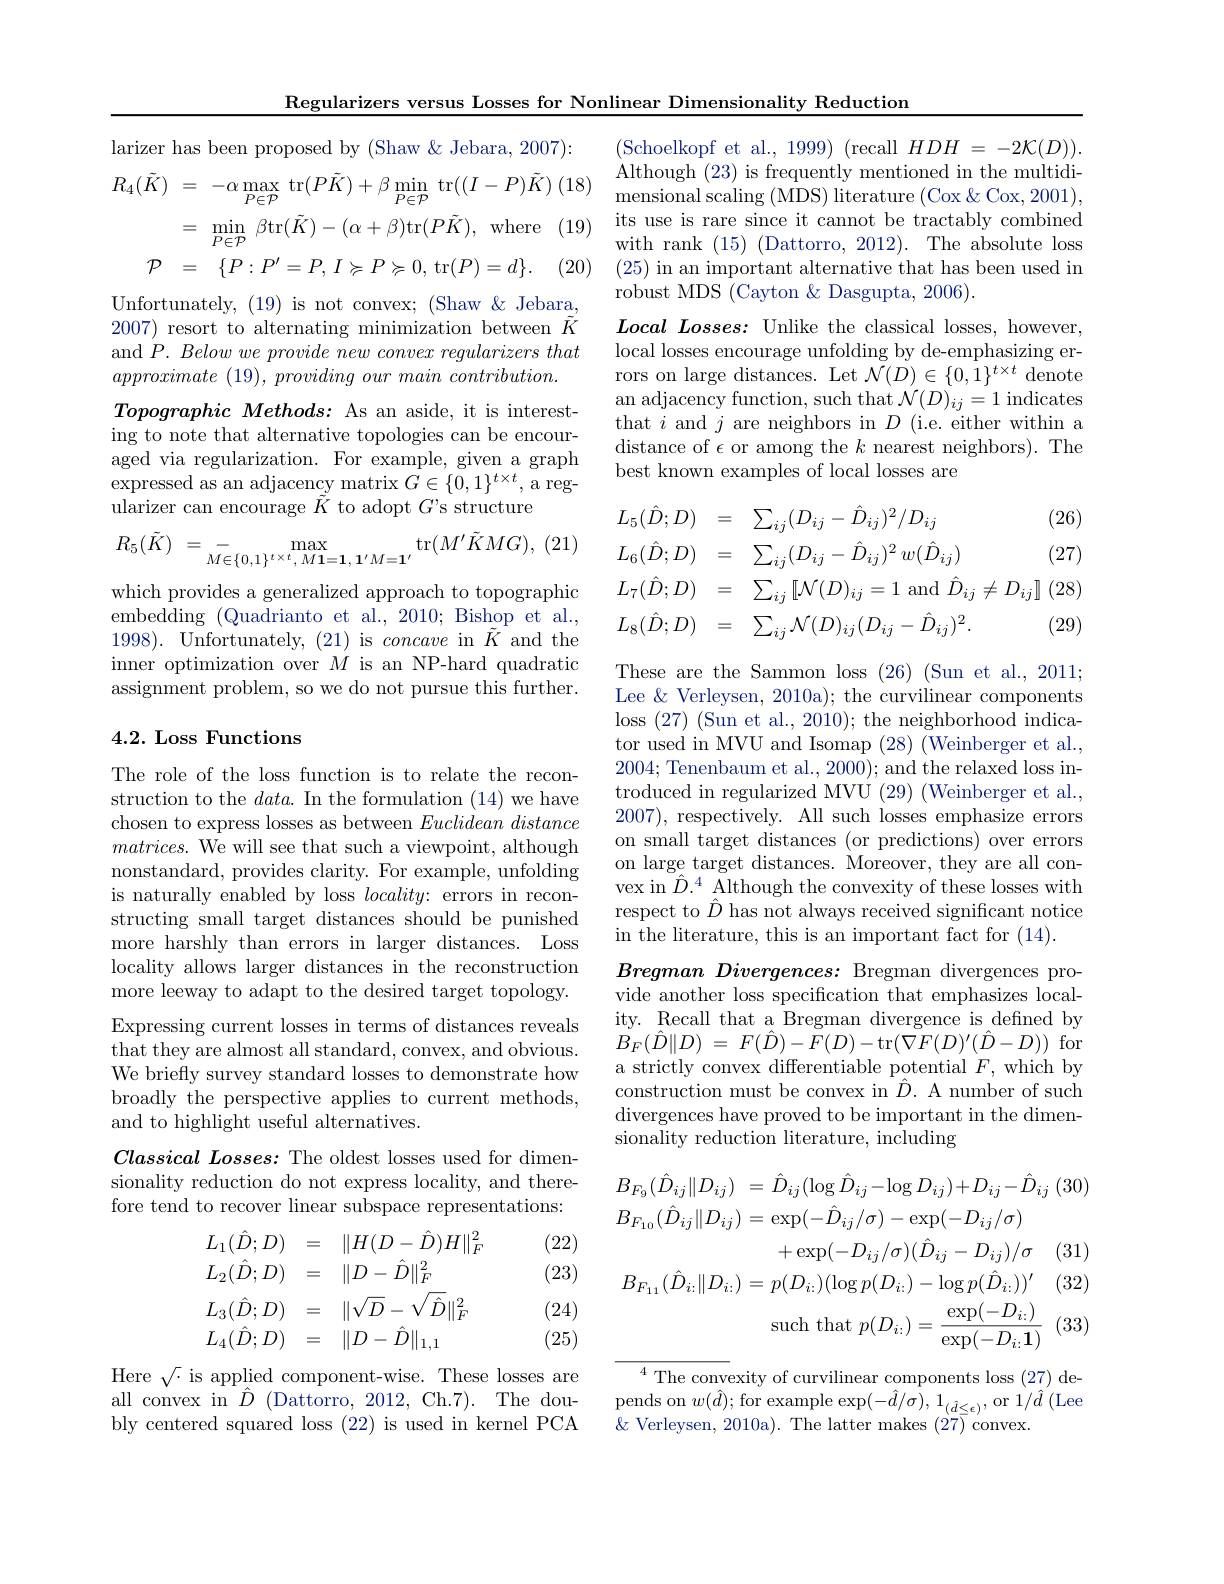
Regularizers versus Losses for Nonlinear Dimensionality Reduction

larizer has been proposed by (Shaw &Jebara, 2007):
(19)
$$\begin{aligned}R_{4}(\tilde{K})&=\:-\alpha\operatorname*{max}_{P\in\mathcal{P}}\:\mathrm{tr}(P\tilde{K})+\beta\operatorname*{min}_{P\in\mathcal{P}}\:\mathrm{tr}((I-P)\tilde{K})\\&=\:\operatorname*{min}_{P\in\mathcal{P}}\:\beta\mathrm{tr}(\tilde{K})-(\alpha+\beta)\mathrm{tr}(P\tilde{K}),\:\mathrm{where}\\\mathcal{P}&=\quad\{P:P^{\prime}=P,I\succcurlyeq P\succcurlyeq0,\:\mathrm{tr}(P)=d\}.\end{aligned}$$
(20)

Unfortunately, (19) is not convex; (Shaw &Jebara,

2007) resort to alternating minimization between $\tilde{K}$ and $P. \textit{Below we provide new convex regularizers that}$ approximate (19), providing our main $contribution.$ $\textit{Topographic Methods: As an aside, it is interest- }$ ing to note that alternative topologies can be encouraged via regularization. For example, given a graph $\operatorname*{expressed}$ as an adjacency matrix $G\in\{0,1\}^{t\times t}$, a regularizer can encourage $\tilde{K}$ to adopt $G^\prime$s structure

(21)
$$R_{5}(\tilde{K})\:=\:\underset{M\in\{0,1\}^{t\times t},\:M\mathbf{1}=\mathbf{1},\:\mathbf{1}^{\prime}M=\mathbf{1}^{\prime}}{\operatorname*{-}}\mathrm{max}_{{M\mathbf{1}=\mathbf{1},\:\mathbf{1}^{\prime}M=\mathbf{1}^{\prime}}}\mathrm{tr}(M^{\prime}\tilde{K}MG),$$
which provides a generalized approach to topographic embedding (Quadrianto et al., 2010; Bishop et al., 1998). Unfortunately, (21) is concave in $\tilde{K}^{^{\prime}}$and the inner optimization over $M$ is an NP-hard quadratic assignment problem, so we do not pursue this further.

### 4.2. Loss Functions

The role of the loss function is to relate the reconstruction to the $data.$ In the formulation (14) we have chosen to express losses as between Euclideandistance $matrices.$ We will see that such a viewpoint, although nonstandard, provides clarity. For example, unfolding is naturally enabled by loss $locality:$ errors in reconstructing small target distances should be punished more harshly than errors in larger distances. Loss locality allows larger distances in the reconstruction more leeway to adapt to the desired target topology. Expressing current losses in terms of distances reveals that they are almost all standard, convex, and obvious. We briefly survey standard losses to demonstrate how broadly the perspective applies to current methods, and to highlight useful alternatives.
$\textit{Classical Losses: The oldest losses used for dimen- }$ sionality reduction do not express locality, and therefore tend to recover linear subspace representations:

(22) (23)
$$\begin{aligned}&L_{1}(\hat{D};D)&&=\quad\|H(D-\hat{D})H\|_{F}^{2}\\&L_{2}(\hat{D};D)&&=\quad\|D-\hat{D}\|_{F}^{2}\\&L_{3}(\hat{D};D)&&=\quad\|\sqrt{D}-\sqrt{\hat{D}}\|_{F}^{2}\\&L_{4}(\hat{D};D)&&=\quad\|D-\hat{D}\|_{1,1}\end{aligned}$$
(24) (25)

Here $\sqrt\cdot$ is applied component-wise. These losses are all convex in $\hat{D}$ (Dattorro, 2012, Ch.7). The doubly centered squared loss (22) is used in kernel PCA

(Schoelkopf et al., 1999) (recall $HDH=-2\mathcal{K}(D)).$ Although (23) is frequently mentioned in the multidimensional scaling (MDS) literature (Cox $\&$ Cox, 2001), its use is rare since it cannot be tractably combined with rank (15) (Dattorro, 2012). The absolute loss (25) in an important alternative that has been used in robust MDS (Cayton & Dasgupta, 2006).
$\textit{Local Losses: Unlike the classical losses, however}$ local losses encourage unfolding by de-emphasizing errors on large distances. Let $\mathcal{N}(\dot{D})\in\{0,\dot{1}\}^{t\times t}$ denote an adjacency function, such that $\mathcal{N}(D)_{ij}=1$ indicates that $i$ and $j$ are neighbors in $D$ (i.e. either within a distance of $\epsilon$ or among the $k$ nearest neighbors).The best known examples of local losses are

(26)
$$\begin{aligned}&L_{5}(\hat{D};D)&&=\quad\sum_{ij}(D_{ij}-\hat{D}_{ij})^{2}/D_{ij}\\&L_{6}(\hat{D};D)&&=\quad\sum_{ij}(D_{ij}-\hat{D}_{ij})^{2}\:w(\hat{D}_{ij})\\&L_{7}(\hat{D};D)&&=\quad\sum_{ij}[\mathcal{N}(D)_{ij}=1\mathrm{~and~}\hat{D}_{ij}\neq D_{ij}]\\&L_{8}(\hat{D};D)&&=\quad\sum_{ij}\mathcal{N}(D)_{ij}(D_{ij}-\hat{D}_{ij})^{2}.\end{aligned}$$
(27)

$\mid(28)$

(29)

These are the Sammon loss (26) (Sun et al., 2011; Lee & Verleysen, 2010a); the curvilinear components loss (27) (Sun et al., 2010); the neighborhood indicator used in MVU and Isomap (28) (Weinberger et al., 2004; Tenenbaum et al., 2000); and the relaxed loss introduced in regularized MVU (29) (Weinberger et al., 2007), respectively. All such losses emphasize errors on small target distances (or predictions) over errors on large target distances. Moreover, they are all convex in $\bar{\hat{D}}.^4$ Although the convexity of these losses with respect to $\hat{D}$ has not always received significant notice in the literature, this is an important fact for (14).

Bregman Divergences: Bregman divergences provide another loss specification that emphasizes locality. Recall that a Bregman divergence is defined by $B_{F}( \hat{D} \| D)$ = $F( \hat{D} ) - \breve{F} ( D) -$tr$(\nabla F(D)^{\prime}(\hat{D}-D))$for a strictly convex differentiable potential $F$, which by construction must be convex in $\hat{D}.$ A number of such divergences have proved to be important in the dimensionality reduction literature, including
$$\begin{aligned}B_{F_{9}}(\hat{D}_{ij}\|D_{ij})&=\hat{D}_{ij}(\log\hat{D}_{ij}-\log D_{ij})+D_{ij}-\hat{D}_{ij}\:(3\\B_{F_{10}}(\hat{D}_{ij}\|D_{ij})&=\exp(-\hat{D}_{ij}/\sigma)-\exp(-D_{ij}/\sigma)\\&+\exp(-D_{ij}/\sigma)(\hat{D}_{ij}-D_{ij})/\sigma\quad(3\\B_{F_{11}}(\hat{D}_{i:}\|D_{i:})&=p(D_{i:})(\log p(D_{i:})-\log p(\hat{D}_{i:}))^{\prime}\quad(3\\&\mathrm{such~that~}p(D_{i:})=\frac{\exp(-D_{i:})}{\exp(-D_{i:}\mathbf{1})}\:(3\end{aligned}$$
${^{4}\text{The conv}}$exity of curvilinear components loss (27) de- $\begin{array}{c}{\mathrm{pends~on~}w(\hat{d});\mathrm{~for~example~exp}(-\hat{d}/\hat{\sigma}),\mathrm{~1}_{(\hat{d}\leq\epsilon)},\mathrm{~or~1/\hat{d}~(Lee}}\\{\mathrm{pends~on~}w(\hat{d});\mathrm{~for~example~exp}(-\hat{d}/\hat{\sigma}),\mathrm{~1}_{(\hat{d}\leq\epsilon)},\mathrm{~or~1/\hat{d}~(Lee}}\end{array}$ $\&$ Verleysen, 2010a). The latter makes $(27)^{'}$convex